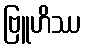
ဗြူဟိဿ